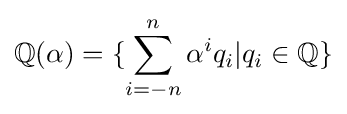
\mathbb {Q} (\alpha )=\{\sum _{i=-n}^{n}\alpha ^{i}q_{i}|q_{i}\in \mathbb {Q} \}